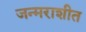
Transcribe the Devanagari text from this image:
जन्मराशीत